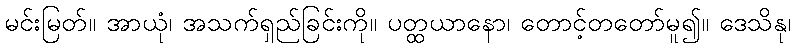
မင်းမြတ်။ အာယုံ၊ အသက်ရှည်ခြင်းကို။ ပတ္ထယာနော၊ တောင့်တတော်မူ၍။ ဒေသိနု၊